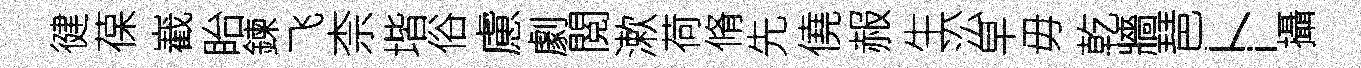
徤葆嶻眙鍊飞柰堦俗慮劇閲漱荷脩先僥赧生㳂早毋乾牆琶卜攝